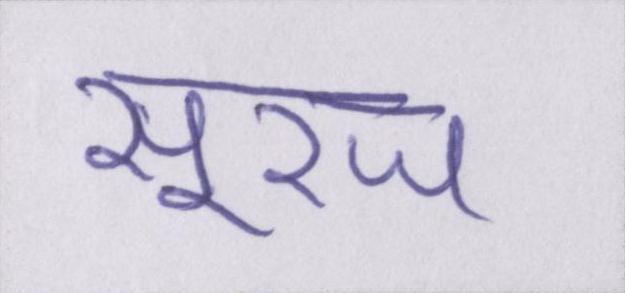
सूरज